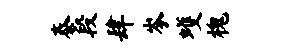
泰段肆岑蠖槐